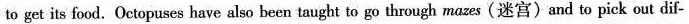
to get its food. Octopuses have also been taught to go through mazes(迷宫)and to pick out dif-